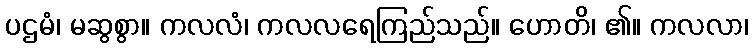
ပဌမံ၊ မဆွစွာ။ ကလလံ၊ ကလလရေကြည်သည်။ ဟောတိ၊ ၏။ ကလလာ၊